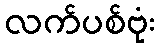
လက်ပစ်ဗုံး